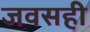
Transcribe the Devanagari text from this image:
जवसही